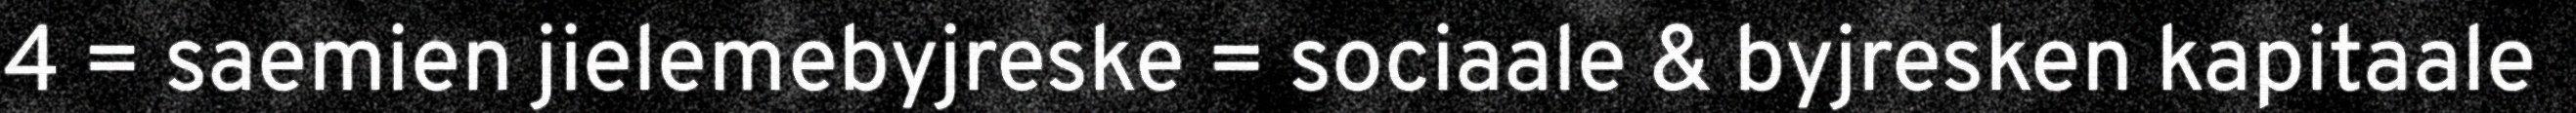
4 = saemien jielemebyjreske = sociaale & byjresken kapitaale